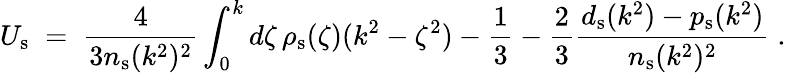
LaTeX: U_{\mathrm{s}}\; =\; {\frac{4}{3n_{\mathrm{s}}(k^{2})^{2}}}\int_{0}^{k}d\zeta\, \rho_{\mathrm{s}}(\zeta)(k^{2}-\zeta^{2})-{\frac{1}{3}}-{\frac{2}{3}}{\frac{d_{\mathrm{s}}(k^{2})-p_{\mathrm{s}}(k^{2})}{n_{\mathrm{s}}(k^{2})^{2}}}\; .